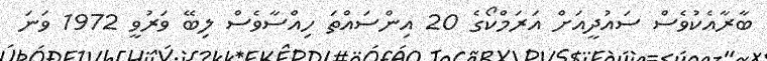
ބާރާއެކުވެސް ސައުދީއަށް އަރަމްކޯގެ 20 އިންސައްތަ ހިއްސާވެސް ލިބޭ ވަރުވީ 1972 ވަނަ